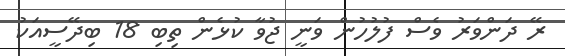
ރޭ ދަންވަރު ވެސް ފުލުހުން ވަނީ ޖުވާ ކުޅެން ތިބި 18 ބިދޭސީއަކު